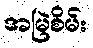
အမြဲစိမ်း